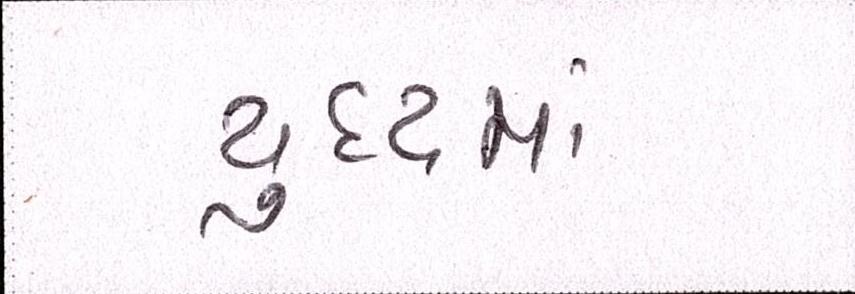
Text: યુદ્ધમાં